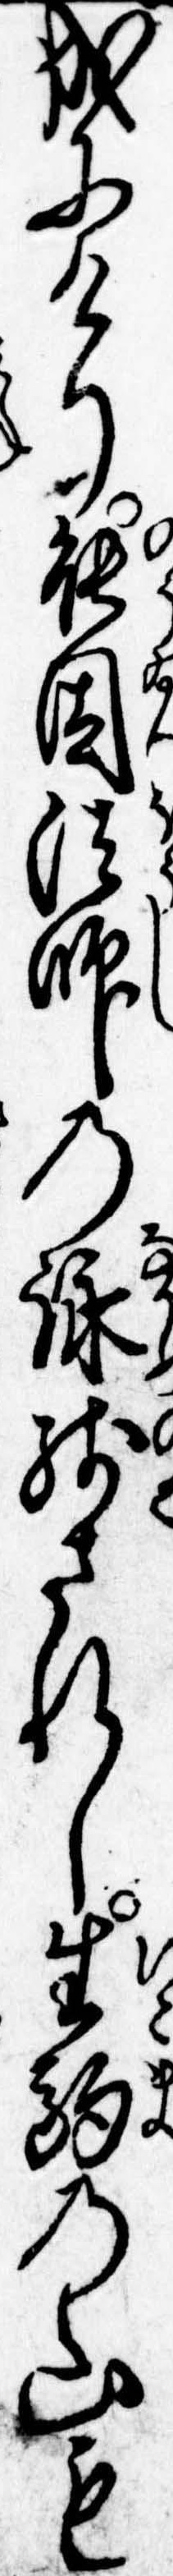
成にけり能因法師の詠残されし生駒の山も